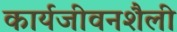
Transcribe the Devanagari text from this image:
कार्यजीवनशैली